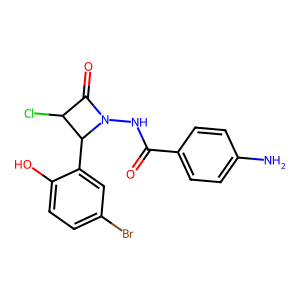
SMILES: Nc1ccc(C(=O)NN2C(=O)C(Cl)C2c2cc(Br)ccc2O)cc1
Inhibits HIV replication: No